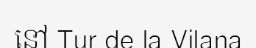
នៅ Tur de la Vilana